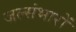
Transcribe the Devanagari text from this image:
जल्संभारों